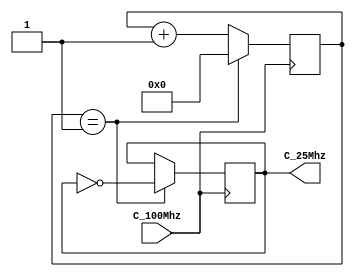
`timescale 1ns / 1ps


//Modulo del divisor de frecuencia
module Divisor_Frecuencia (
		input  C_100Mhz, //Clock de la fpga = 100MHz
		output reg  C_25Mhz
	);

	reg[31:0] contador = 0; //Variable que almacena Contador

	 
	always @(posedge C_100Mhz)
		begin
				if (contador == 2-1)          //Si ha cuenta 1s enciende led
					begin
					C_25Mhz <= ~C_25Mhz;
					contador <=0;
					end
				else
					begin
					contador <= contador + 1;        //suma contador
				   end
	  end
endmodule